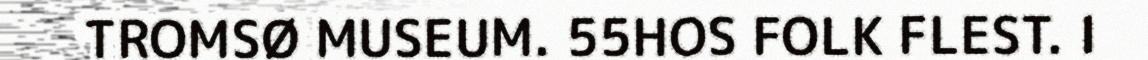
TROMSØ MUSEUM. 55HOS FOLK FLEST. I